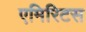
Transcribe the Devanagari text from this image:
एमिरिटस